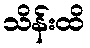
သိန်းထိ